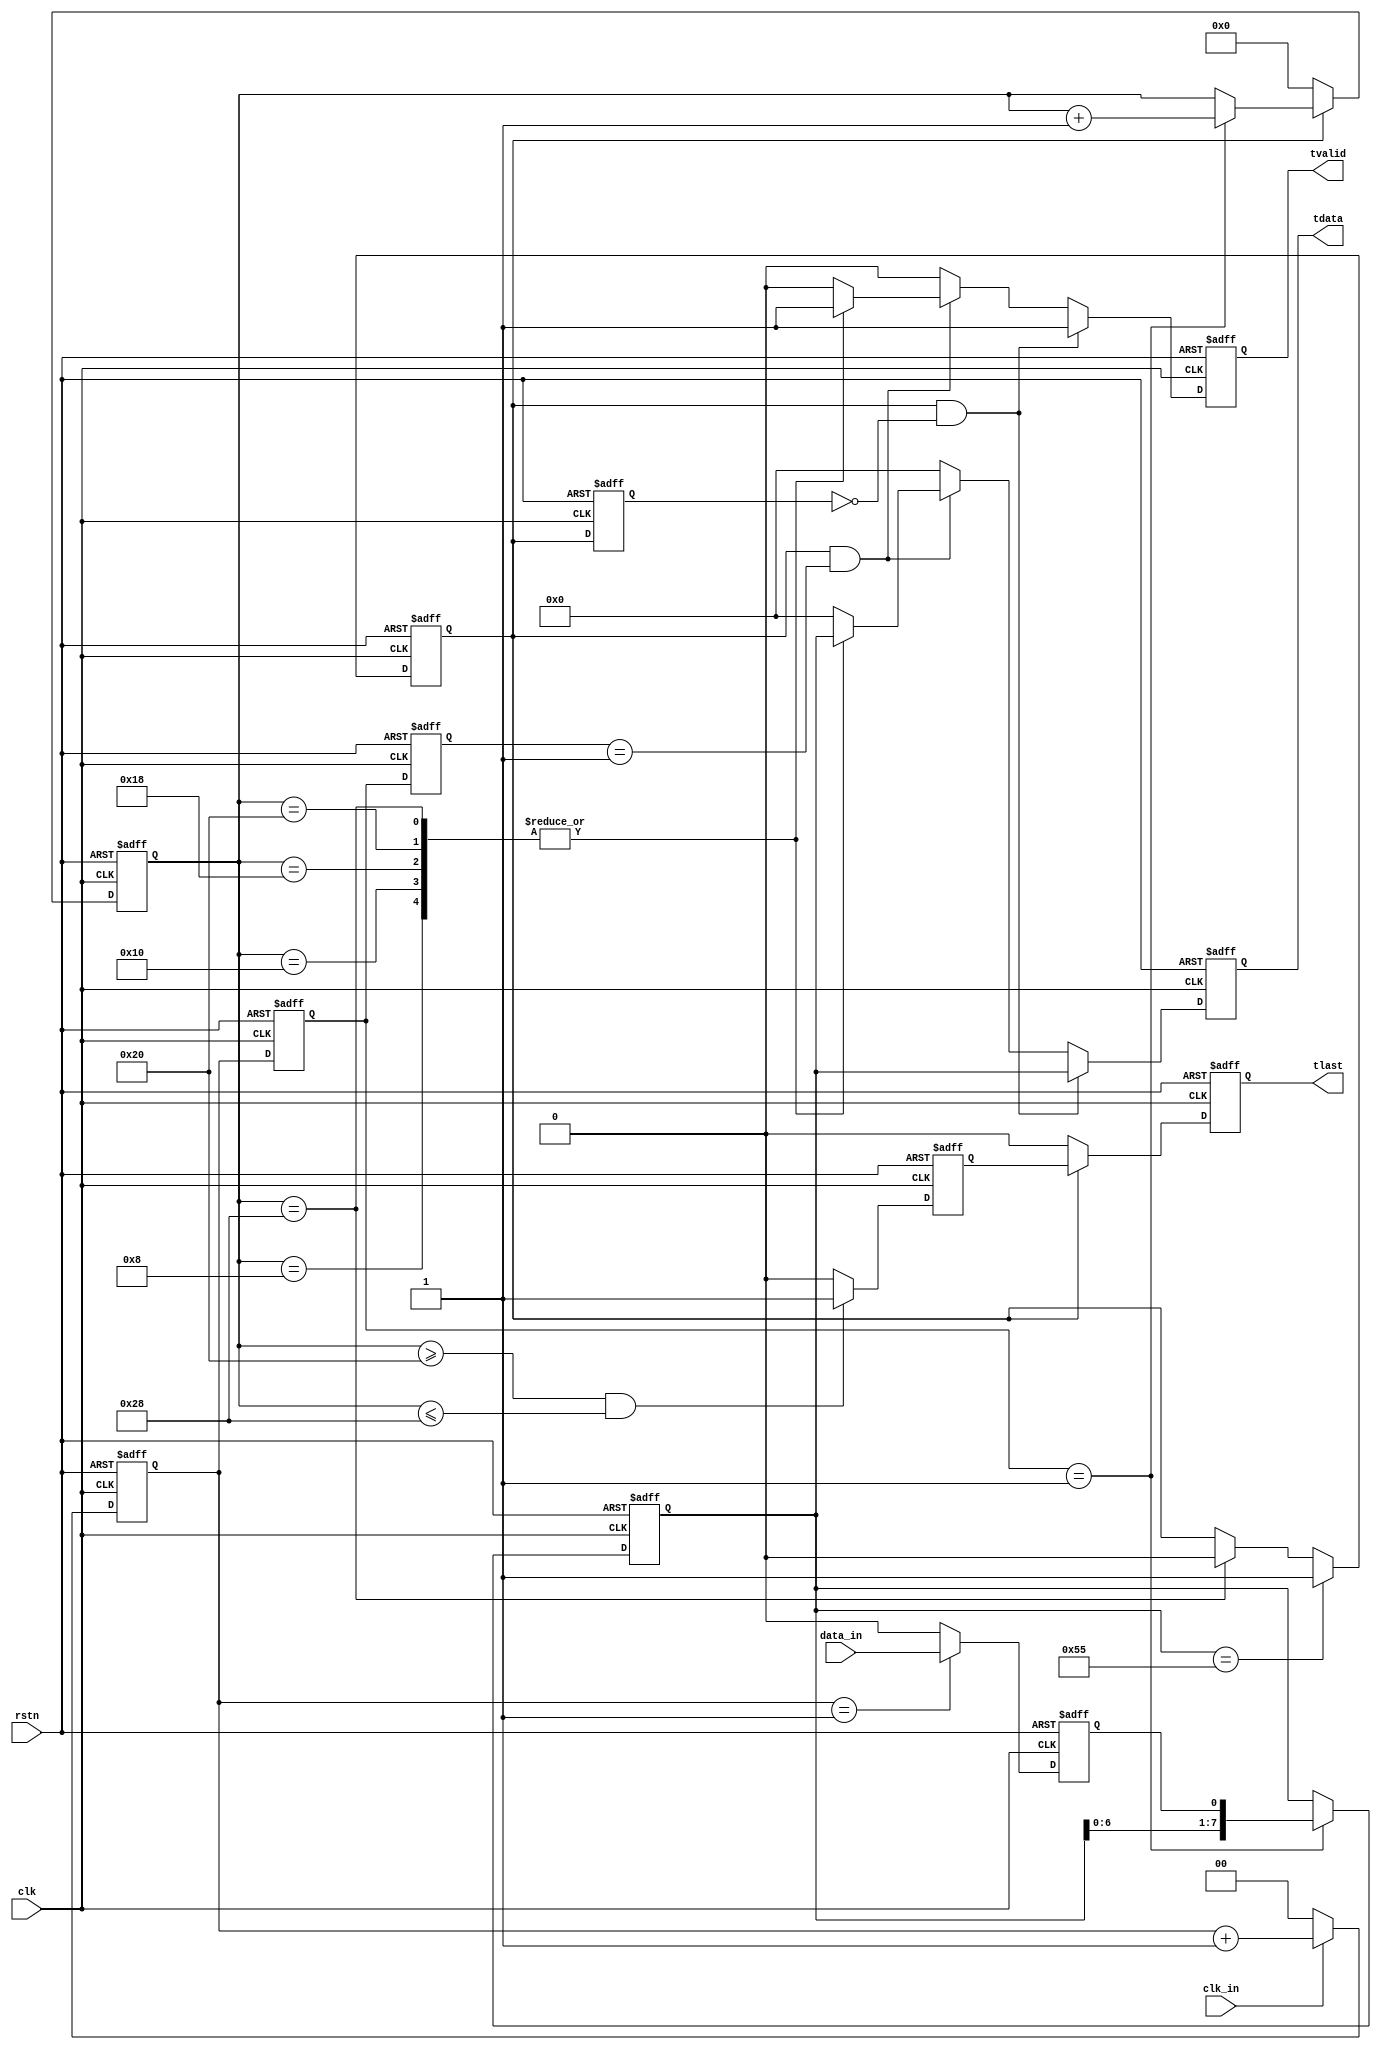
module HDLC_command_rx (
                        clk,
						rstn,
						clk_in,
						data_in,
						tvalid,
						tlast,
						tdata
						);

input         clk;
input         rstn;
input         clk_in;
input         data_in;
output        tvalid;
output        tlast;
output  [7:0] tdata;

reg [1:0] clk_cnt;

always @(posedge clk or negedge rstn)
begin
     if (!rstn)
	    clk_cnt <= 2'd0;
	 else if (clk_in == 1'b1)
	    clk_cnt <= clk_cnt + 1'b1;
	 else
	    clk_cnt <= 1'b0;
end

reg [1:0] clk_cnt_dly1;
reg [1:0] clk_cnt_dly2;

always @(posedge clk or negedge rstn)
begin
     if (!rstn)
	    begin
		clk_cnt_dly1 <= 2'd0;
		clk_cnt_dly2 <= 2'd0;
		end
	 else
	    begin
		clk_cnt_dly1 <= clk_cnt;
		clk_cnt_dly2 <= clk_cnt_dly1;
		end
end

reg data_sample;

always @(posedge clk or negedge rstn)
begin
     if (!rstn)
	    data_sample <= 1'b0;
	 else if (clk_cnt == 2'd1)
	    data_sample <= data_in;
	 else
	    data_sample <= 1'b0;
end

reg [7:0] data_reg;

always @(posedge clk or negedge rstn)
begin
     if (!rstn)
	    data_reg <= 8'd0;
	 else if (clk_cnt_dly1 == 2'd1)
	    data_reg <= {data_reg[6:0],data_sample};
end

reg bit_cnt_en;
reg bit_cnt_en_dly;
reg [5:0] bit_cnt;

always @(posedge clk or negedge rstn)
begin
     if (!rstn)
	    bit_cnt_en <= 1'b0;
	 else if (data_reg == 8'h55)
	    bit_cnt_en <= 1'b1;
	 else if (bit_cnt == 6'd40)
	    bit_cnt_en <= 1'b0;
end

always @(posedge clk or negedge rstn)
begin
     if (!rstn)
	    bit_cnt_en_dly <= 1'b0;
	 else
	    bit_cnt_en_dly <= bit_cnt_en;
end

always @(posedge clk or negedge rstn)
begin
     if (!rstn)
	    bit_cnt <= 5'd0;
	 else if (bit_cnt_en == 1'b1)
	    begin
		if (clk_cnt_dly1 == 2'd1)
		bit_cnt <= bit_cnt + 1'b1;
		end
	 else
	    bit_cnt <= 5'd0;
end

reg tvalid;

always @(posedge clk or negedge rstn)
begin
     if (!rstn)
	    tvalid <= 1'b0;
	 else if (bit_cnt_en == 1'b1 && bit_cnt_en_dly == 1'b0)
	    tvalid <= 1'b1;
	 else if (bit_cnt_en == 1'b1 && clk_cnt_dly2 == 2'd1)
	    begin
		case (bit_cnt)
		6'd8:tvalid <= 1'b1;
		6'd16:tvalid <= 1'b1;
		6'd24:tvalid <= 1'b1;
		6'd32:tvalid <= 1'b1;
		6'd40:tvalid <= 1'b1;
		default:tvalid <= 1'b0;
		endcase
		end
	 else
	    tvalid <= 1'b0;
end

reg [7:0] tdata;

always @(posedge clk or negedge rstn)
begin
     if (!rstn)
	    tdata <= 8'd0;
	 else if (bit_cnt_en == 1'b1 && bit_cnt_en_dly == 1'b0)
	    tdata <= data_reg;
	 else if (bit_cnt_en == 1'b1 && clk_cnt_dly2 == 2'd1)
	    begin
		case (bit_cnt)
		6'd8:tdata <= data_reg;
		6'd16:tdata <= data_reg;
		6'd24:tdata <= data_reg;
		6'd32:tdata <= data_reg;
		6'd40:tdata <= data_reg;
		default:tdata <= 8'd0;
		endcase
		end
	 else
	    tdata <= 8'd0;
end

reg tlast_forward;

always @(posedge clk or negedge rstn)
begin
     if (!rstn)
	    tlast_forward <= 1'b0;
	 else if (bit_cnt >= 6'd32 && bit_cnt <= 6'd40)
	    tlast_forward <= 1'b1;
	 else
	    tlast_forward <= 1'b0;
end

reg tlast;

always @(posedge clk or negedge rstn)
begin
     if (!rstn)
	    tlast <= 1'b0;
	 else if (bit_cnt_en == 1'b1)
	    tlast <= tlast_forward;
	 else
	    tlast <= 1'b0;
end

endmodule